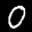
Label: 0